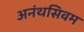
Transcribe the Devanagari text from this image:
अनंथसिवम